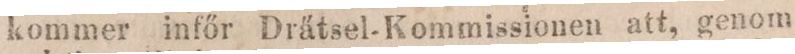
kommer infő Drätsel-Kommissionen att, genom